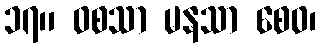
၁၇။ ဝစသာ မနသာ စေဝ၊